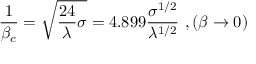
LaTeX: \frac { 1 } { \beta _ { c } } = \sqrt { \frac { 2 4 } { \lambda } \sigma } = 4 . 8 9 9 \frac { \sigma ^ { 1 / 2 } } { \lambda ^ { 1 / 2 } } ~ , ( \beta \to 0 )